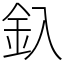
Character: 釞